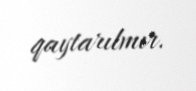
qaytarılmır.